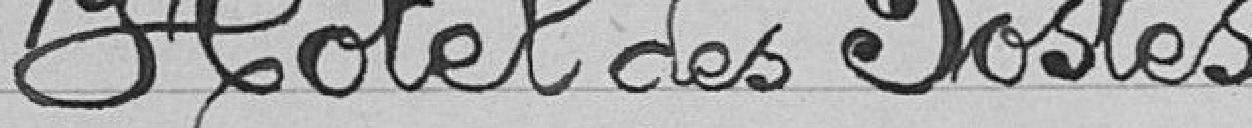
L'Hôtel des Postes